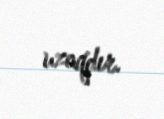
uzaqdır.